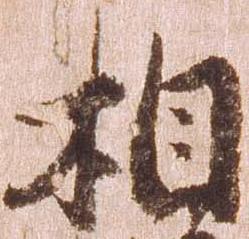
相